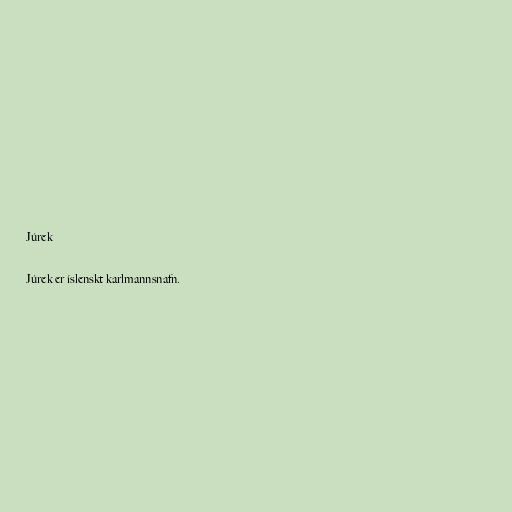
Júrek

Júrek er íslenskt karlmannsnafn.